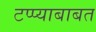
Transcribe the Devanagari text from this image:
टप्प्याबाबत